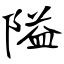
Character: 隘